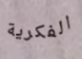
الفكرية